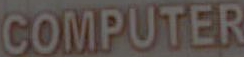
COMPUTER